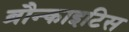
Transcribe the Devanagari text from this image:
ब्रौन्काइटिस